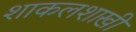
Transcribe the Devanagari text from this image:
शाकलशाखी